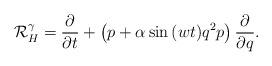
LaTeX: \begin{align*} \mathcal{R}^{\gamma}_H=\frac{\partial}{\partial t}+\left(p+\alpha\sin{(wt)}q^2p\right)\frac{\partial}{\partial q}. \end{align*}